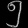
Digit: ၅